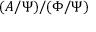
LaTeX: ( A / \Psi ) / ( \Phi / \Psi )